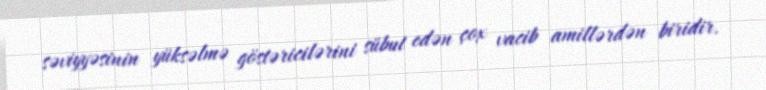
səviyyəsinin yüksəlmə göstəricilərini sübut edən çox vacib amillərdən biridir.